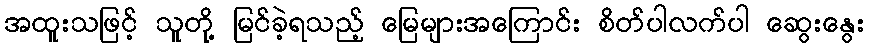
အထူးသဖြင့် သူတို့ မြင်ခဲ့ရသည့် မြေများအကြောင်း စိတ်ပါလက်ပါ ဆွေးနွေး